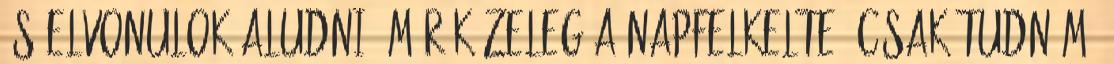
és elvonulok aludni. Már közeleg a napfelkelte. Csak tudnám,